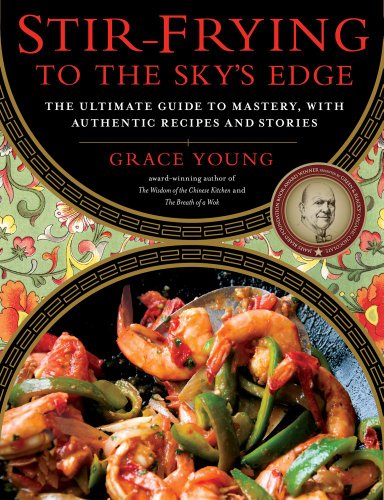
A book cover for Stir-Frying to the Sky's Edge: The Ultimate Guide to Mastery, with Authentic Recipes and Stories; Grace Young; Cookbooks, Food & Wine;